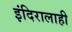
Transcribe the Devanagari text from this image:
इंदिरालाही